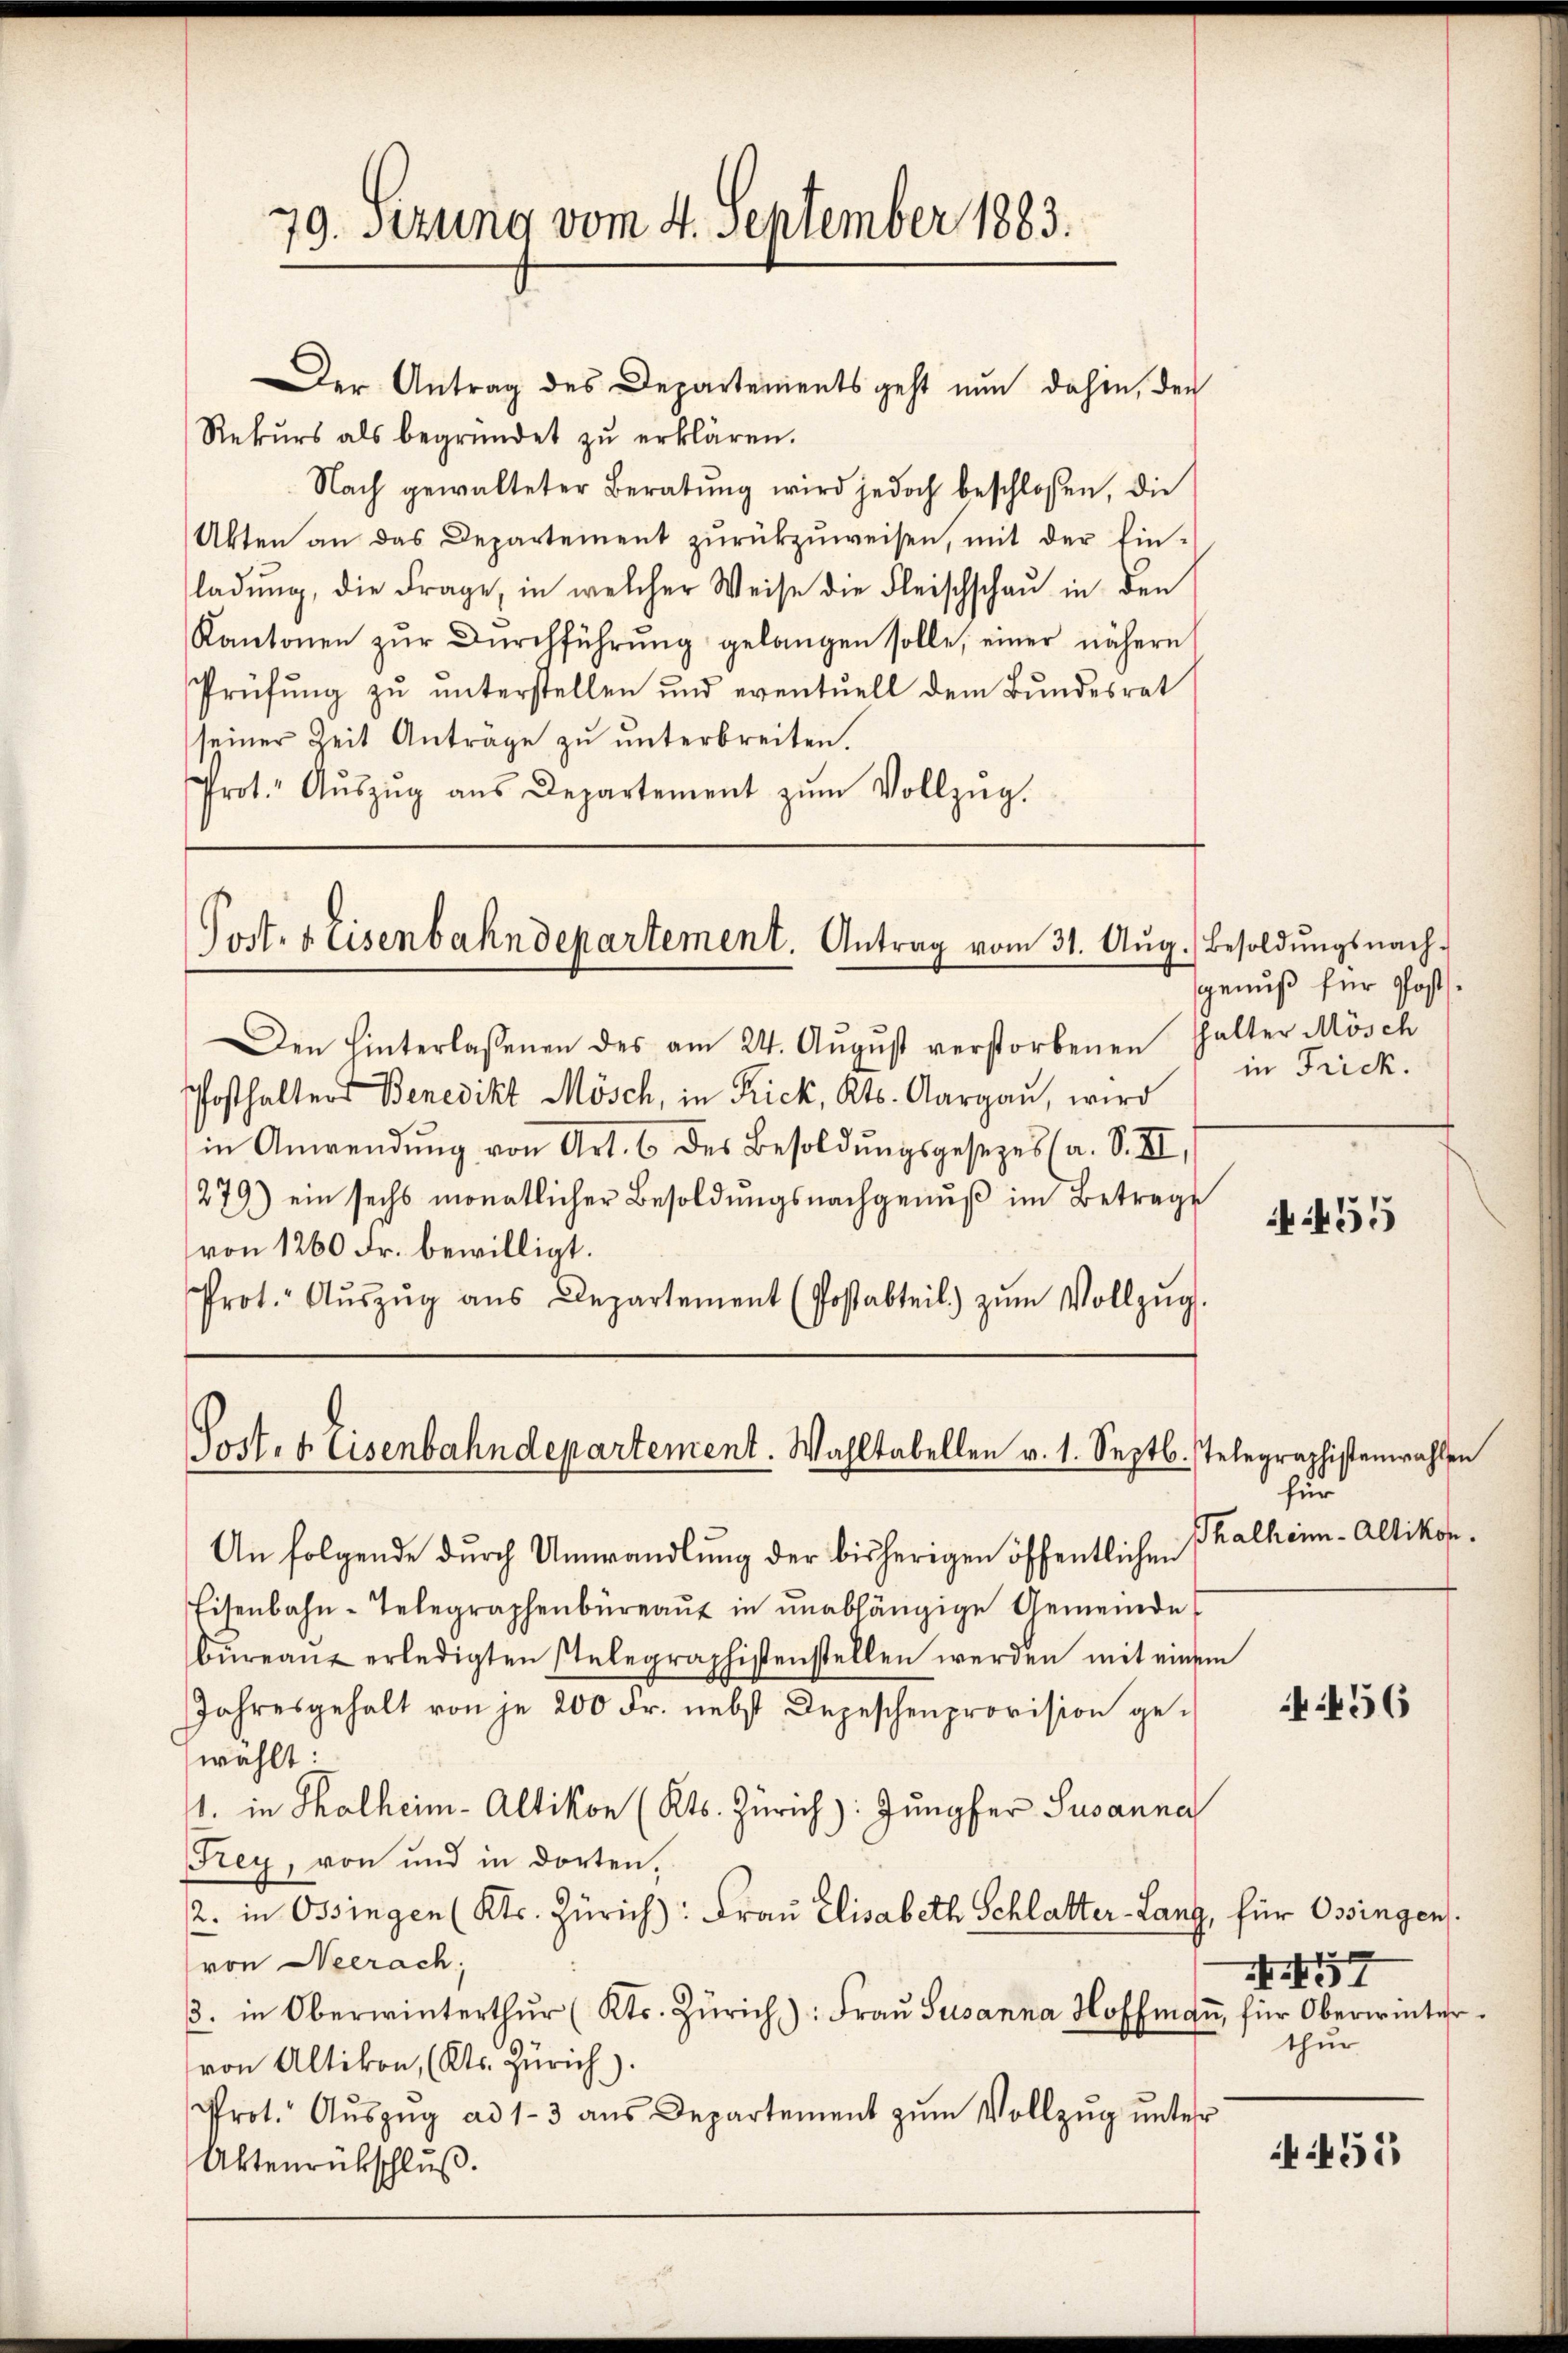
Rekurs als begründet zu erklären.
Nach gewalteter Beratŭng wird jedoch beschlossen, die
Akten an das Departement zŭrückzŭweisen, mit der Ein-
ladŭng, die Frage in welcher Weise die Fleischschaŭ in den
Kantonen zŭr Dŭrchführŭng gelangen solle, einer nähere
Prüfung zu unterstellen und eventuell dem Bundesrat
seiner Zeit Anträge zŭ ŭnterbreiten.
Prot. Aŭszŭg ans Departement zŭm Vollzŭg.

79. Sezung vom 4. September 1883.

Der Antrag des Departements geht nun dahin, der

Port. 4 Eisenbahndepartement. Antrag vom 31. Aŭg.) Besoldŭngsnach-

Den hinterlassenen des am 24. Aŭgŭst verstorbenen Halter Mösch
Posthalters Benedikt Mösch, in Rick, Kts. Aargaŭ, wird
in Anwendŭng von Art. 6 des Besoldŭngsgesezes (a. S. II.
279) ein sechs monatlicher Besoldŭngsnachgenŭβ im Betrage
von 1260 Fr. bewilligt.
Prot. Aŭszŭg aŭs Departement (Postabteil) zŭm Vollzŭg.

Sort. 4. Eisenbahndepartement. Wahltabellen v. 1. Septb. Telegraphistenwahlen

genuß für Postin Frick.

An folgende durch Unwandlung der bisherigen öffentlichen
Eisenbahn-Telegraphenbüreaŭ in unabhängige Gemeinde
büreaŭ erledigten stelegraphistenstellen werden mit einem
Jahresgehalt von je 200 Fr. nebst Depeschenprovision gewählt.
1. in Thalheim Altikon (Kts. Zürich): Jungfer Susanna
Frey, von und in dorten,
2. in Ossingen (Kts. Zürich): Frau Elisabeth Schlatter-Lanz, für Ossingen
von Neerach,
3. in Oberwinterthŭr (Kts. Zürich): Fraŭ Susanna Hoffmaṅ, für Oberwintervon Altikon, (Kts. Zürich).
rot. Aŭszŭg ad 1-3 aŭs Departement zŭm Vollzŭg ŭnter
Aktenrückschluß.

455

für
Thalheim-Altikon.

456

Nr. 457
thur

455